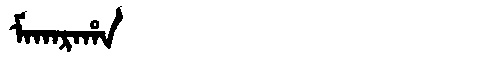
Manchu: ᠮᠠᡴᠠᡵᠠᡥᠠ
Romanization: MAKARAHA